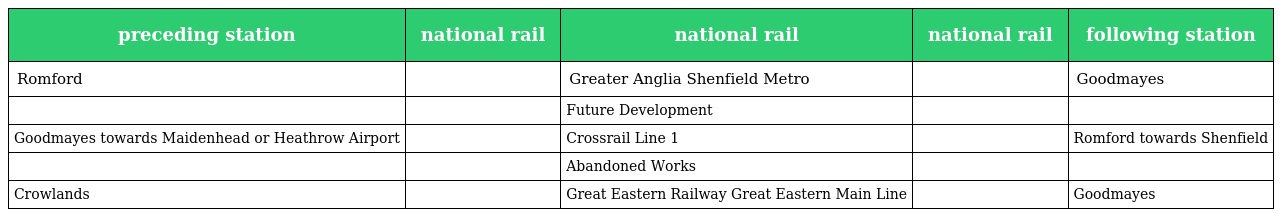
| preceding station | national rail | national rail | national rail | following station |
 | --- | --- | --- | --- | --- |
 | Romford |  | Greater Anglia Shenfield Metro |  | Goodmayes |
 |  |  | Future Development |  |  |
 | Goodmayes towards Maidenhead or Heathrow Airport |  | Crossrail Line 1 |  | Romford towards Shenfield |
 |  |  | Abandoned Works |  |  |
 | Crowlands |  | Great Eastern Railway Great Eastern Main Line |  | Goodmayes |